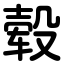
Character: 毂